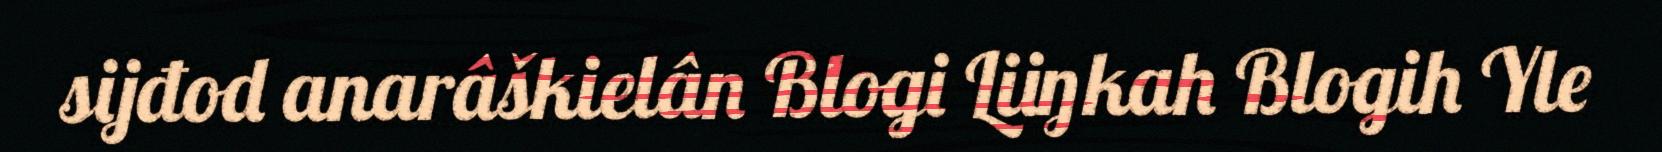
sijđod anarâškielân Blogi Liiŋkah Blogih Yle